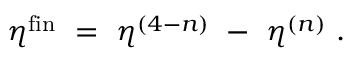
\eta ^ { \mathrm { \footnotesize { f i n } } } ~ = ~ \eta ^ { ( 4 - n ) } ~ - ~ \eta ^ { ( n ) } ~ .